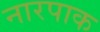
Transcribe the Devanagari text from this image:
नारपाक